Lunatic asylums Punjab 1911-1921 - 1911-1921
Year: 1911
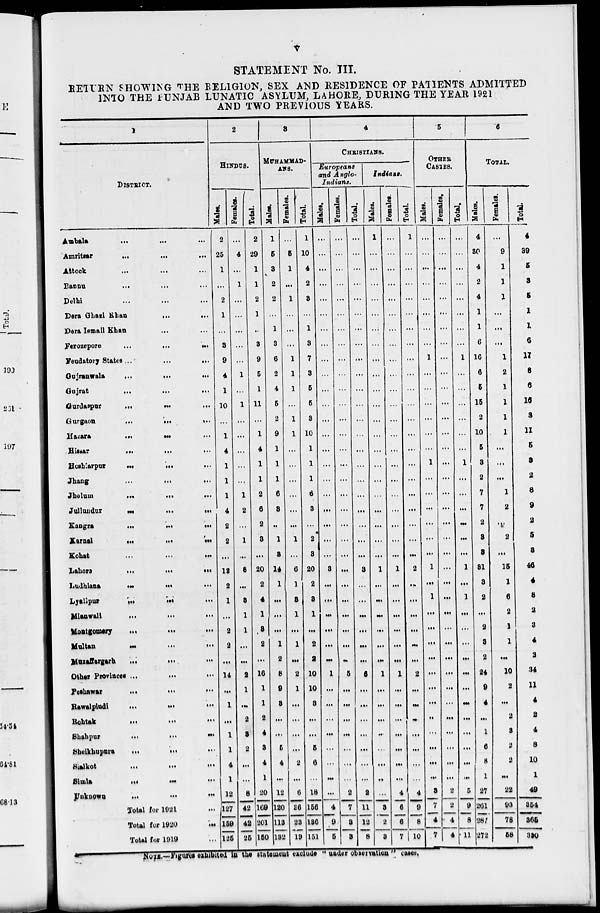
v
STATEMENT No. III.
RETURN SHOWING THE RELIGION, SEX AND RESIDENCE OF PATIENTS ADMITTED
INTO THE PUNJAB LUNATIC ASYLUM, LAHORE, DURING THE YEAR 1921
AND TWO PREVIOUS YEARS.
1
DISTRICT.
Ambala
...
...
...
Amritsar
...
...
...
Attock
...
...
...
Bannu
...
...
...
Delhi
...
...
...
Dera Ghazi Khan
...
...
Dera Ismail Khan ... ...
Ferozepore ... ... ...
Feudatory States
...
...
...
Gujranwala
...
...
...
Gujrat
...
...
...
Gurdaspur
...
...
...
Gurgaon
...
...
...
Hazara ... ... ...
Hissar
...
...
...
Hoshiarpur
...
...
...
Jhang
...
...
...
Jhelum
...
...
...
Jullundur
...
...
...
Kangra
...
...
...
Karnal
...
...
...
Kohat
...
...
...
Lahore
...
...
...
Ludhiana
...
...
...
Lyallpur
...
...
...
Mianwali
...
...
...
Montgomary
...
...
...
Multan
...
...
...
Muzaffargarh
...
...
...
Other Provinces ... ... ...
Peshawar
...
...
...
Rawalpindi
...
...
...
Rohtak
...
...
...
Shahpur
...
...
...
Sheikhupura
...
...
...
Sialkot
...
...
...
Simla
...
...
...
Unknown ... ... ...
Total for 1921 ...
Total for 1920
...
Total for 1919 ...
2
HINDUS.
Males.
2
25
1
...
2
1
...
3
9
4
1
10
...
1
4
1
1
1
4
2
2
...
12
2
1
...
2
2
...
14
...
1
...
1
1
4
1
12
127
159
125
Females.
...
4
...
1
...
...
...
...
...
1
...
1
...
...
...
...
...
1
2
...
1
...
8
...
3
1
1
...
...
2
1
...
2
3
2
...
...
8
42
42
25
Total.
2
29
1
1
2
1
...
3
9
5
1
11
...
1
4
1
1
2
6
2
3
...
20
2
4
1
3
2
...
16
1
1
2
4
3
4
1
20
169
201
150
3
MUHAMMAD-
ANS.
Males.
1
5
3
2
2
...
1
3
6
2
4
5
2
9
1
1
1
6
3
...
1
3
14
1
...
...
...
1
2
8
9
3
...
...
5
4
...
12
120
113
132
Females.
...
5
1
...
1
...
...
...
1
1
1
...
1
1
...
...
...
...
...
...
1
...
6
1
3
1
...
1
...
2
1
...
...
...
...
2
...
6
36
23
19
Total.
1
10
4
2
3
...
1
3
7
3
5
5
3
10
1
1
1
6
3
...
2
3
20
2
3
1
...
2
2
10
10
3
...
...
5
6
...
18
156
136
151
4
CHRISTIANS.
Europeans
and Anglo-
Indians.
Males.
...
...
...
...
...
...
...
...
...
...
...
...
...
...
...
...
...
...
...
...
...
...
3
...
...
...
...
...
...
1
...
...
...
...
...
...
...
...
4
9
5
Females.
...
...
...
...
...
...
...
...
...
...
...
...
...
...
...
...
...
...
...
...
...
...
...
...
...
...
...
...
...
5
...
...
...
...
...
...
...
2
7
3
3
Total.
...
...
...
...
...
...
...
...
...
...
...
...
...
...
...
...
...
...
...
...
...
...
3
...
...
...
...
...
...
6
...
...
...
...
...
...
...
2
11
12
8
Indians.
Males.
1
...
...
...
...
...
...
...
...
...
...
...
...
...
...
...
...
...
...
...
...
...
1
...
...
...
...
...
...
1
...
...
...
...
...
...
...
...
3
2
3
Females.
...
...
...
...
...
...
...
...
...
...
...
...
...
...
...
...
...
...
...
...
...
...
1
...
...
...
...
...
...
1
...
...
...
...
...
...
...
4
6
6
7
Total.
1
...
...
...
...
...
...
...
...
...
...
...
...
...
...
...
...
...
...
...
...
...
2
...
...
...
...
...
...
2
...
...
...
...
...
...
...
4
9
8
10
5
OTHER
CASTES.
Males.
...
...
...
...
...
...
...
...
1
...
...
...
...
...
...
1
...
...
...
...
...
...
1
...
1
...
...
...
...
...
...
...
...
...
...
...
...
3
7
4
7
Females.
...
...
...
...
...
...
...
...
...
...
...
...
...
...
...
...
...
...
...
...
...
...
...
...
...
...
...
...
...
...
...
...
...
...
...
...
...
2
2
4
4
Total.
...
...
...
...
...
...
...
...
1
...
...
...
...
...
...
1
...
...
...
...
...
...
1
...
1
...
...
...
...
...
...
...
...
...
...
...
...
5
9
8
11
6
TOTAL.
Males.
4
30
4
2
4
1
1
6
16
6
5
15
2
10
5
3
2
7
7
2
3
3
31
3
2
...
2
3
2
24
9
4
...
1
6
8
1
27
261
287
272
Females.
...
9
1
1
1
...
...
...
1
2
1
1
1
1
...
...
...
1
2
...
2
...
15
1
6
2
1
1
...
10
2
...
2
3
2
2
...
22
93
78
58
Total.
4
39
5
3
5
1
1
6
17
8
6
16
3
11
5
3
2
8
9
2
5
3
46
4
8
2
3
4
2
34
11
4
2
4
8
10
1
49
354
365
330
NOTE.—Figures exhibited in the statement exclude "under observation " cases.